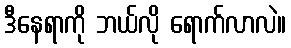
ဒီနေရာကို ဘယ်လို ရောက်လာလဲ။